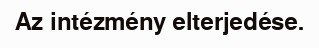
Az intézmény elterjedése.